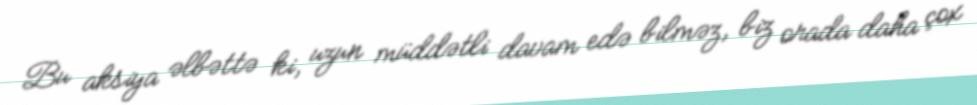
Bu aksiya əlbəttə ki, uzun müddətli davam edə bilməz, biz orada daha çox